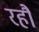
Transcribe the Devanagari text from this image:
रहौ